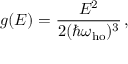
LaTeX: g ( E ) = { \frac { E ^ { 2 } } { 2 ( \hbar \omega _ { \mathrm { h o } } ) ^ { 3 } } } \, ,